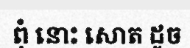
ពុំ នោះ សោត ដូច